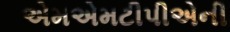
એમએમટીપીએની